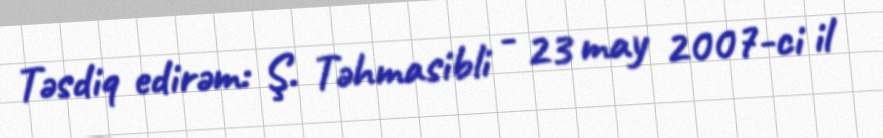
Təsdiq edirəm: Ş. Təhmasibli - 23 may 2007-ci il